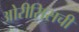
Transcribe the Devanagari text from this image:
ओरीसिसची